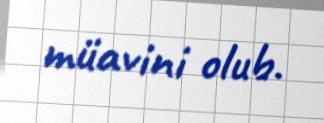
müavini olub.